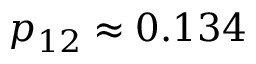
p _ { 1 2 } \approx 0 . 1 3 4